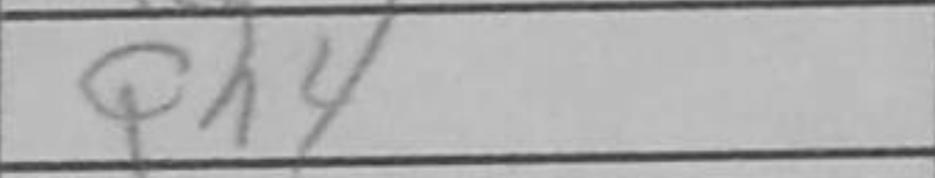
Transcription: Qh4